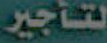
لتأجير